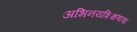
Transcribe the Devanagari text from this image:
अभिनयशिक्षणाचा